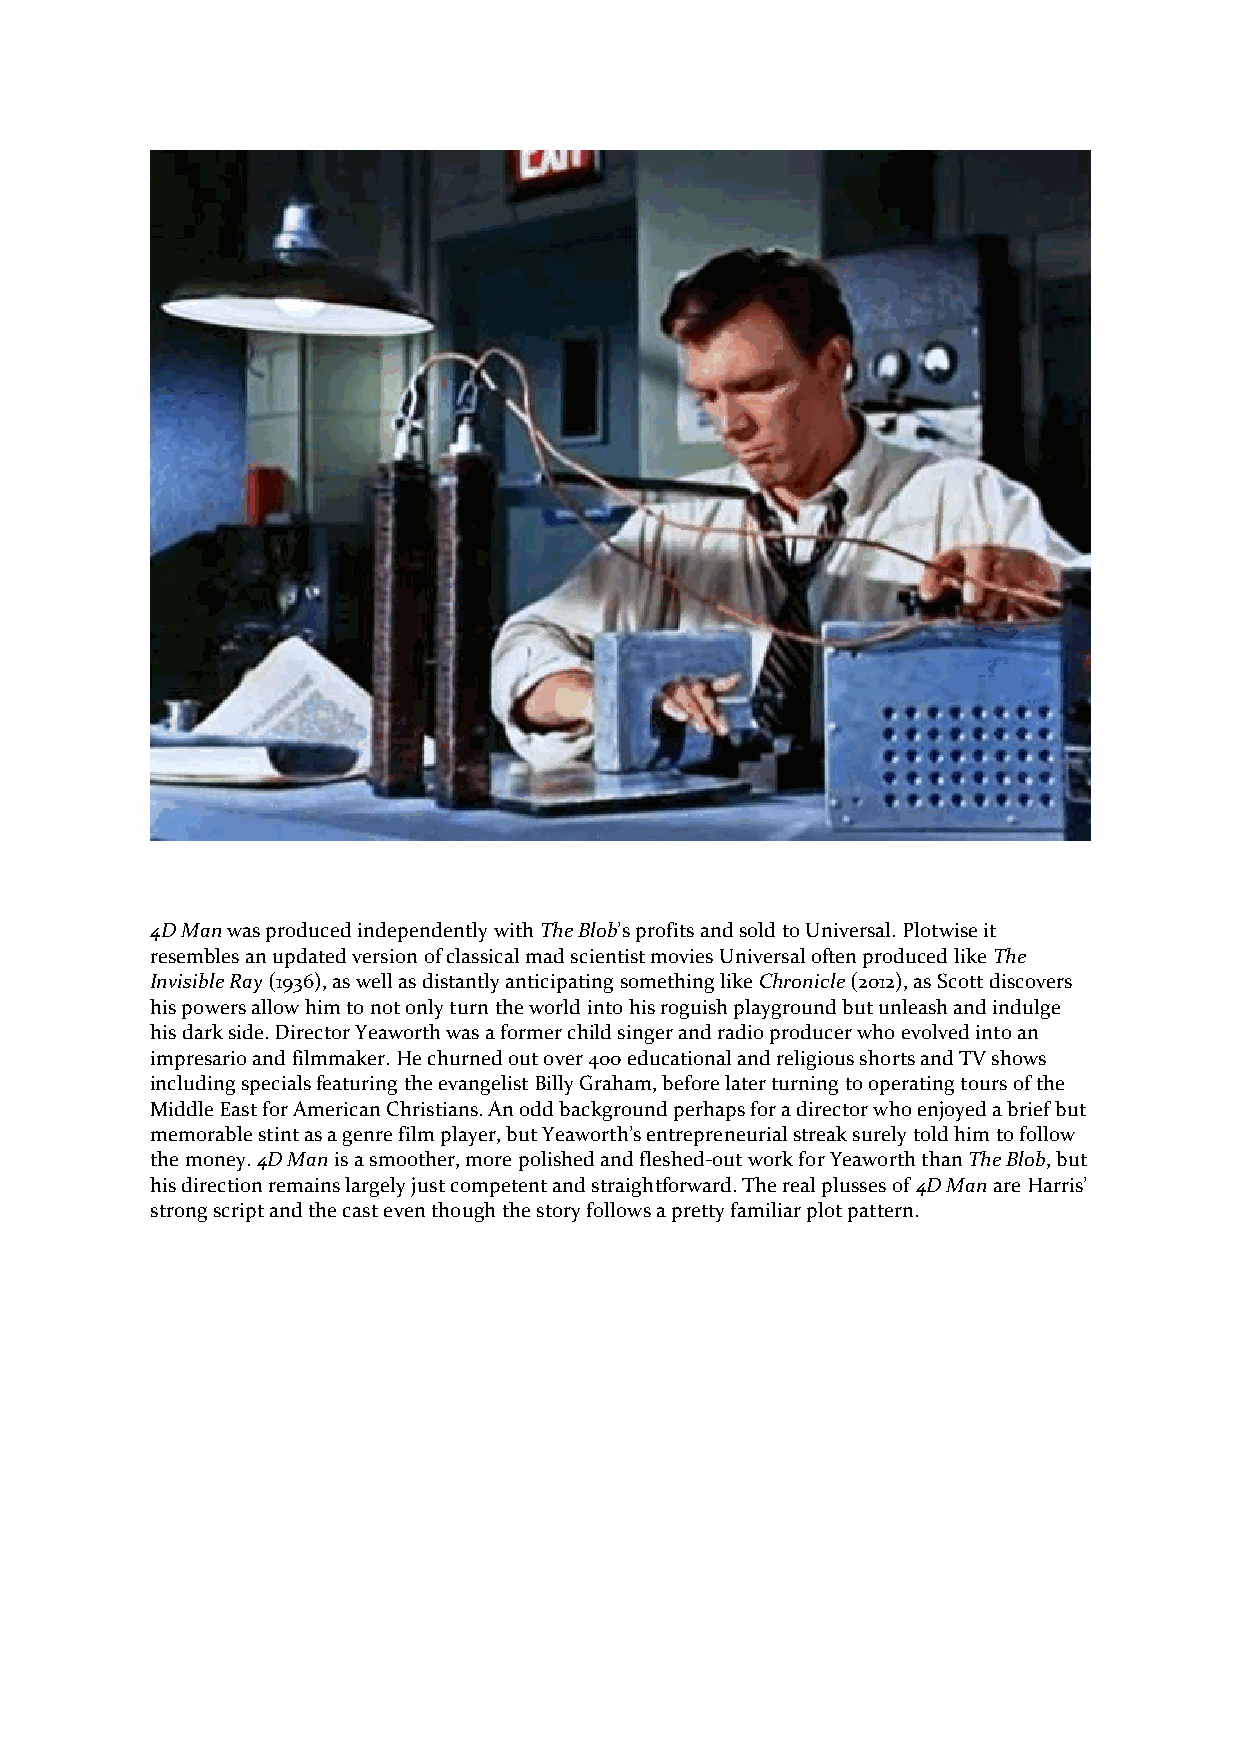
4D Man was produced independently with The Blob’s profits and sold to Universal. Plotwise it
 resembles an updated version of classical mad scientist movies Universal often produced like The
 Invisible Ray (1936), as well as distantly anticipating something like Chronicle (2012), as Scott discovers
 his powers allow him to not only turn the world into his roguish playground but unleash and indulge
 his dark side. Director Yeaworth was a former child singer and radio producer who evolved into an
 impresario and filmmaker. He churned out over 400 educational and religious shorts and TV shows
 including specials featuring the evangelist Billy Graham, before later turning to operating tours of the
 Middle East for American Christians. An odd background perhaps for a director who enjoyed a brief but
 memorable stint as a genre film player, but Yeaworth’s entrepreneurial streak surely told him to follow
 the money. 4D Man is a smoother, more polished and fleshed-out work for Yeaworth than The Blob, but
 his direction remains largely just competent and straightforward. The real plusses of 4D Man are Harris’
 strong script and the cast even though the story follows a pretty familiar plot pattern.